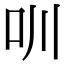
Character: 𠯀